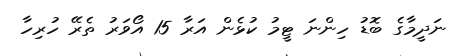
ނަދީމާގެ ބޮޑު ހިންނަ ޓީމު ކުޅެން އަރާ 15 އޯވަރު ތެރޭ ހުރިހާ